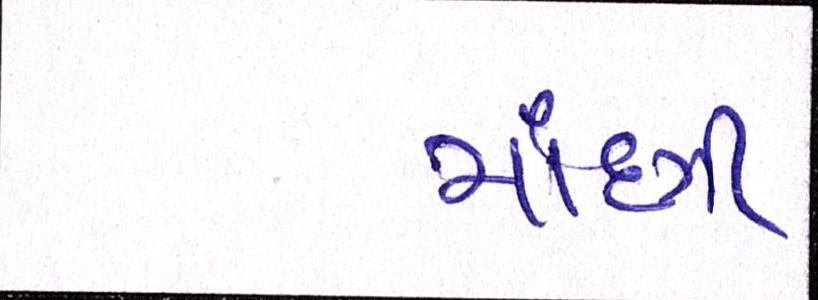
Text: માંદગી